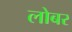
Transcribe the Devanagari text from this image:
लोबर